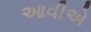
આવીએ